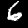
Digit: 6